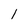
Character: l